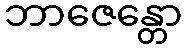
ဘာဇေန္တော